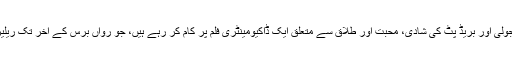
آین ہیلن اینجلینا جولی اور بریڈ پٹ کی شادی، محبت اور طلاق سے متعلق ایک ڈاکیومینٹری فلم پر کام کر رہے ہیں، جو رواں برس کے آخر تک ریلیز کی جائے گی۔